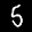
Label: 5